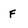
Character: F